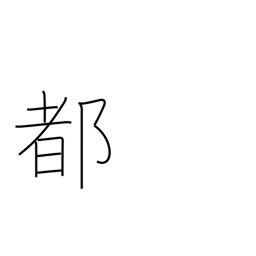
Meaning: metropolis